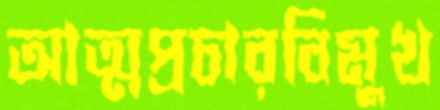
আত্মপ্রচারবিমুখ